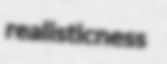
realisticness